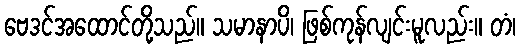
ဗေဒင်အထောင်တို့သည်။ သမာနာပိ၊ ဖြစ်ကုန်လျင်းမူလည်း။ တံ၊